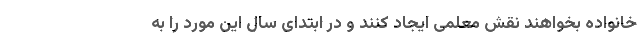
خانواده بخواهند نقش معلمی ایجاد کنند و در ابتدای سال این مورد را به